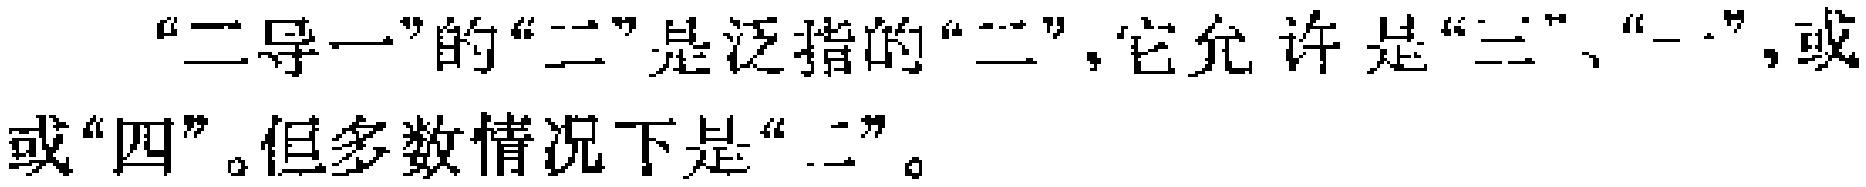
“二导一”的“二”是泛指的“二”，它允许是“三”、“一”，或或“四”。但多数情况下是“二”。